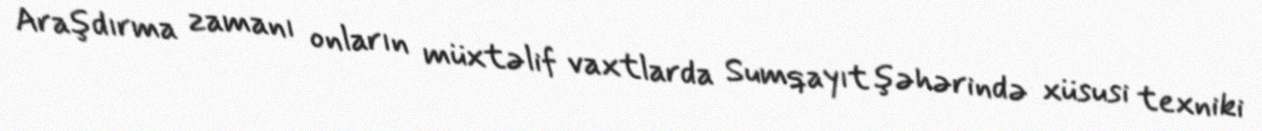
Araşdırma zamanı onların müxtəlif vaxtlarda Sumqayıt şəhərində xüsusi texniki